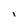
Character: I